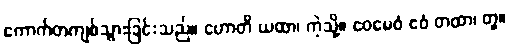
ကောက်တကျစ်သွားခြင်းသည်။ ဟောတိ ယထာ၊ ကဲ့သို့။ ဧဝမေဝံ ဧဝံ တထာ၊ တူ။